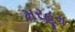
મરહૂમ